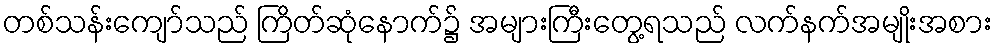
တစ်သန်းကျော်သည် ကြိတ်ဆုံနောက်၌ အများကြီးတွေ့ရသည် လက်နက်အမျိုးအစား